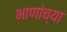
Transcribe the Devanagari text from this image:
भाणांच्या